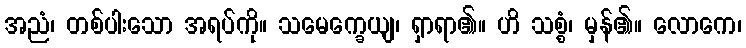
အညံ၊ တစ်ပါးသော အရပ်ကို။ သမေက္ခေယျ၊ ရှာရာ၏။ ဟိ သစ္စံ၊ မှန်၏။ လောကေ၊